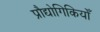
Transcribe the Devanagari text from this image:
प्रौद्योगिकियोँ